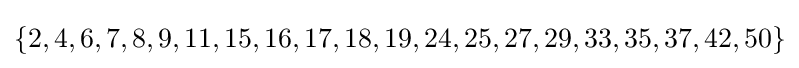
\{2,4,6,7,8,9,11,15,16,17,18,19,24,25,27,29,33,35,37,42,50\}